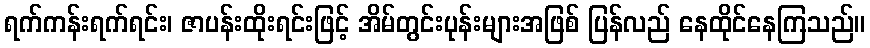
ရက်ကန်းရက်ရင်း၊ ဇာပန်းထိုးရင်းဖြင့် အိမ်တွင်းပုန်းများအဖြစ် ပြန်လည် နေထိုင်နေကြသည်။